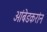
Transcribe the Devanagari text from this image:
आंबेडकरांन